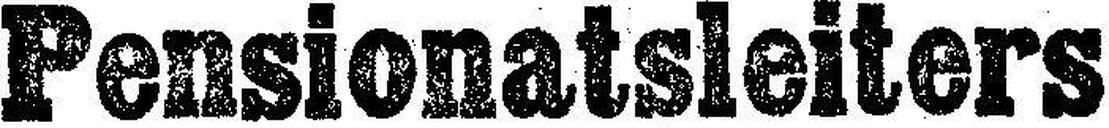
Pensionatsleiters